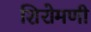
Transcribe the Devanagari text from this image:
शिरोमणी